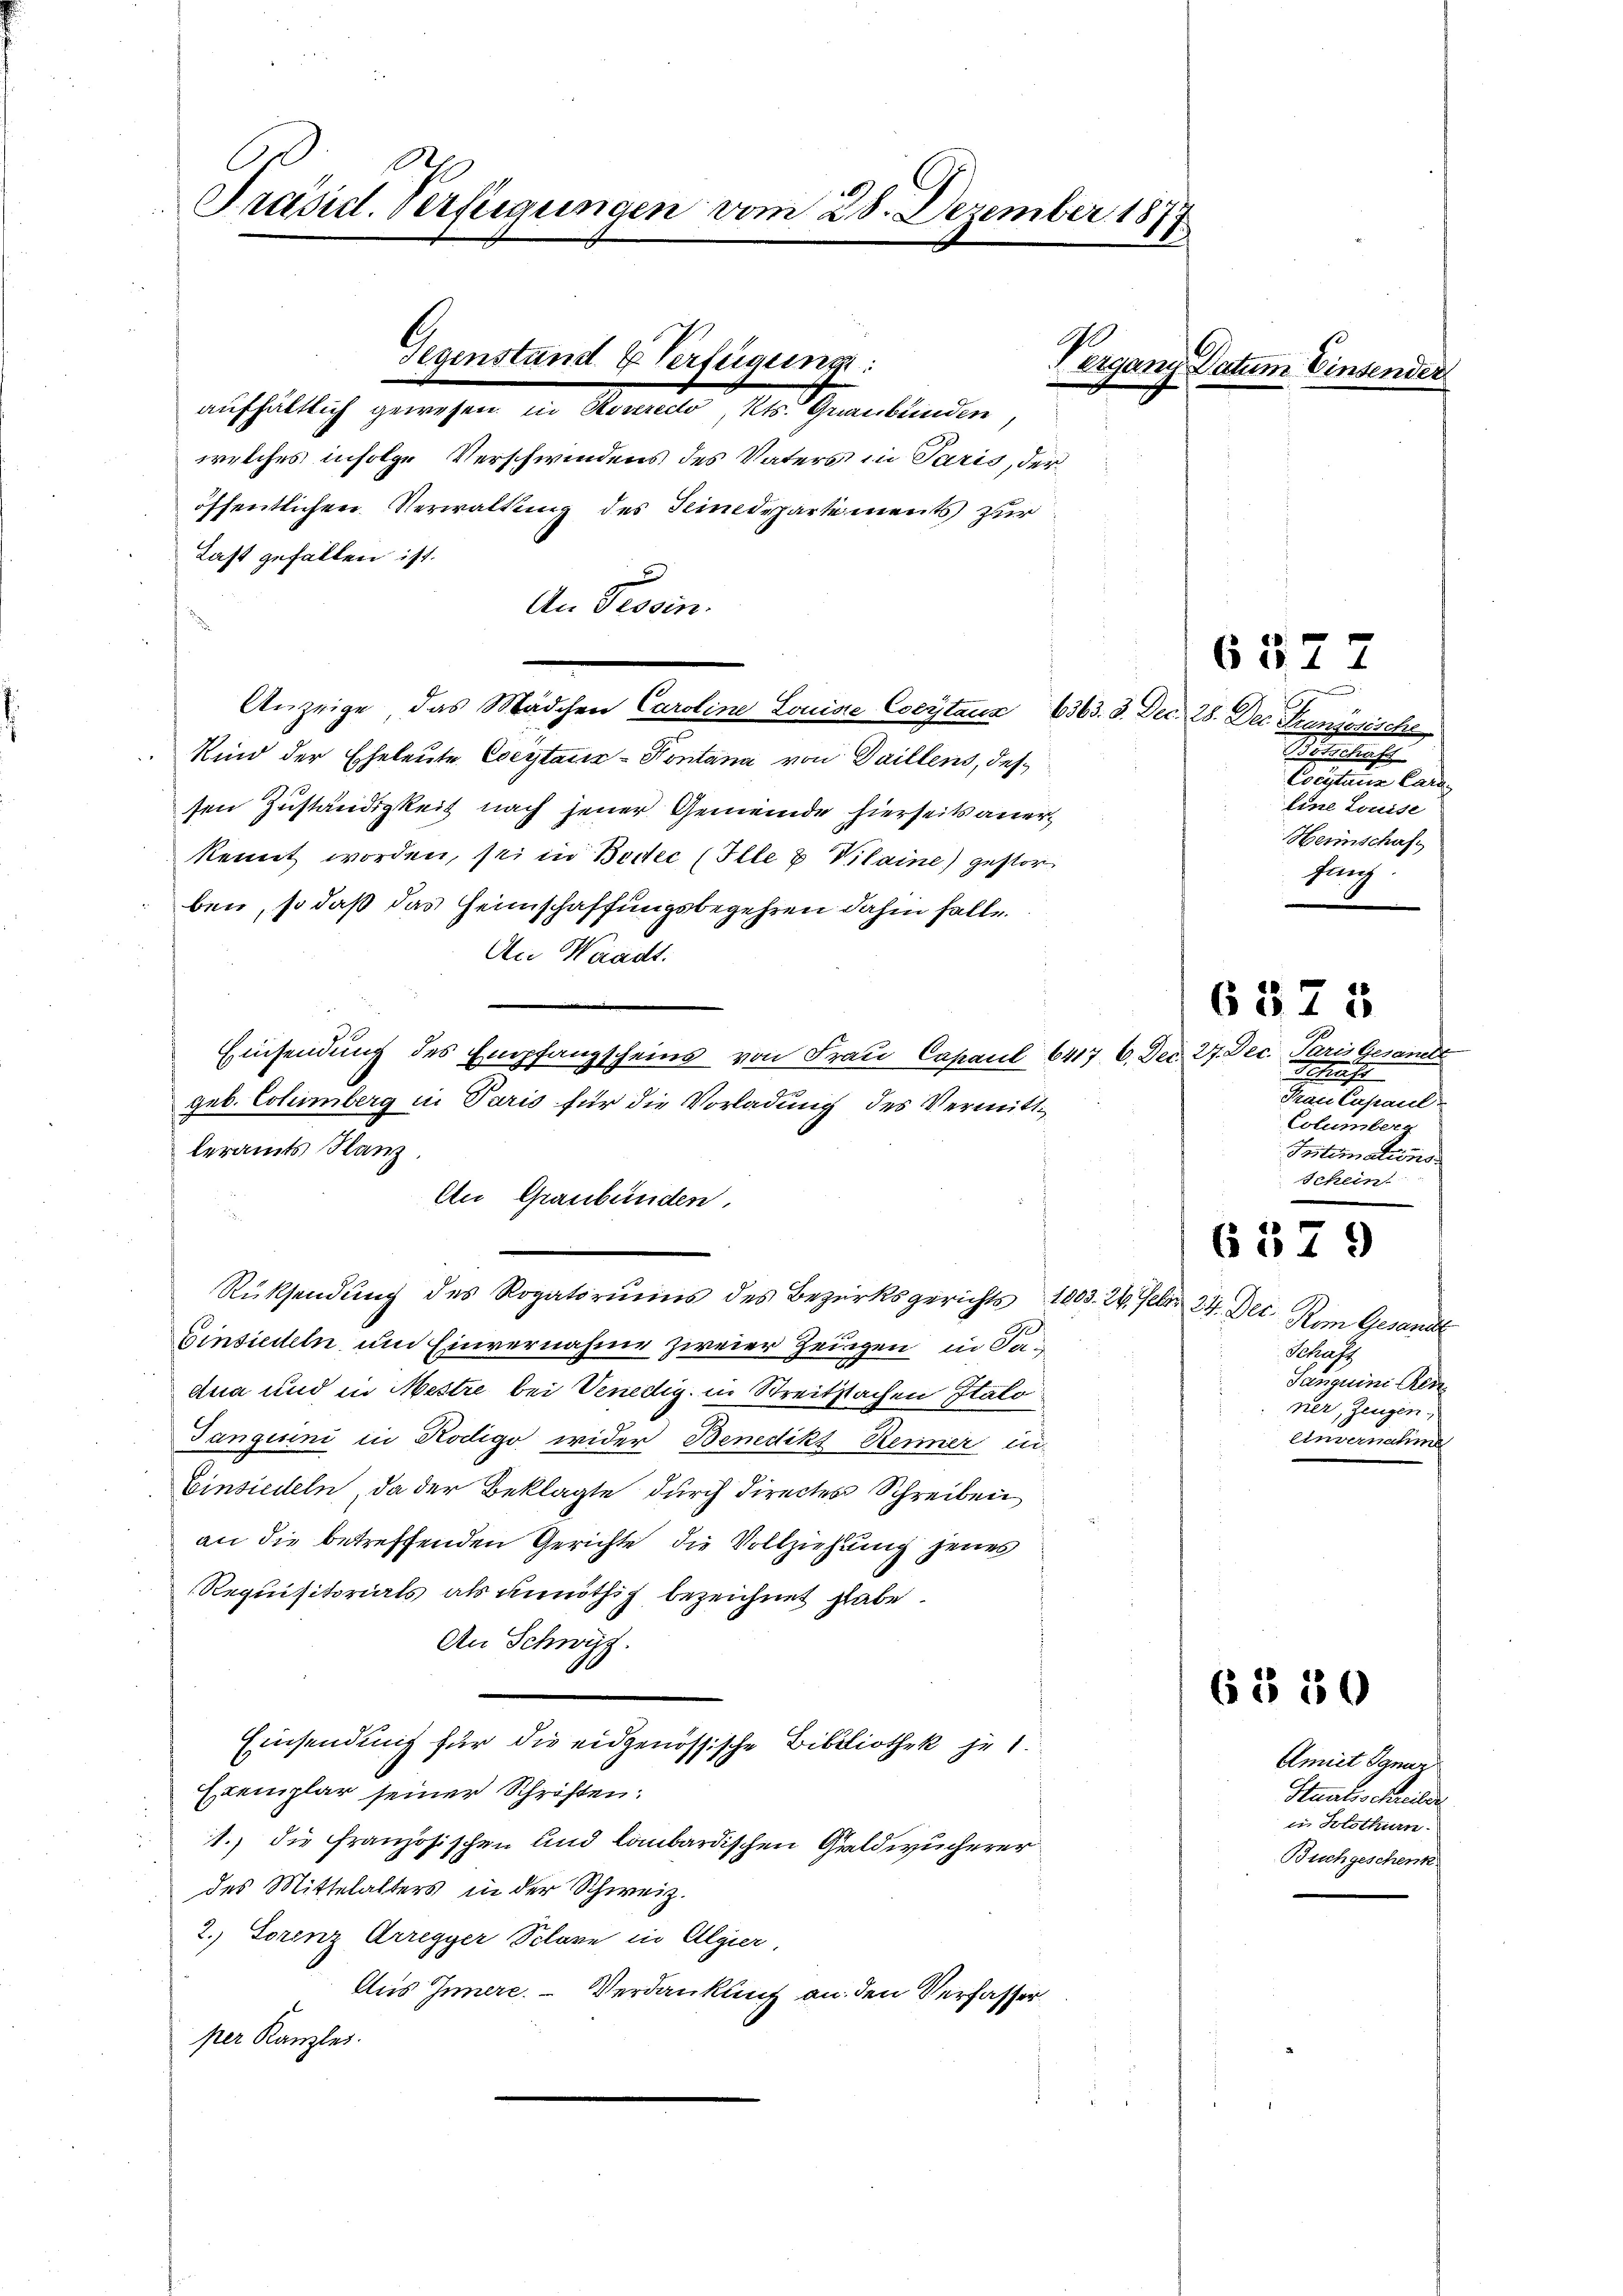
Präsid. Verfügungen vom 28. Dezember 187.
22

aufhältlich gewesen in Hoseredo, Kts. Graubünden,
welches infolge Verschwindens des Vaters in Paris, der
öffentlichen Verwaltung des Seinedepartements zur
Last gefallen ist.
An Tessin.
Kind der Eheleute Coeystanz-Kontana von Daillens, dessen Zuständigkeit nach jener Gemeinde hierseits anerkennt worden, sei in Berec (Ille u Vilaine gestorben, so daß das Heimschaffungsbegehren dahin falle
An Waadt.
Einsendung des Empfangscheins von Frau Capaul 6417. 6. Dec. 27. Dec. Paris Gesandt
geb. Columberg in Paris für die Vorladung des Vermittleramts Hanz.
An Graubünden.
¬
Rücksendung des Rogatoriums des Bezirksgerichts 1803. 24. Feber 24. Dec. vom Gesandt
Einsiedeln, um Einvernahme zweier Zeugen in Sae
dua und in Mestre bei Venedig, in Streitsachen Italo
Tanguini in Kodigo wider Benedikt Reiner in
Einsiedeln, da der Beklagte durch directen Schreiben
an die betreffenden Gerichte die Vollziehung jenes
Requisitorials als unnöthig bezeichnet habe.
An Schwyz.
Einsendung für die eidgenössische Bibliothek je 1.
Exemplar seiner Schriften:
1.) die Französischen und lombardischen Geldwucherer
des Mittelalters in der Schweiz.
2. Lorenz Arregger Schäre in Algier,
Aus Innere. – Verdankung an den Verfasser
per Kanzlei.

Gegenstand & Verfügung:

Anzeige, das Mädchen Caroline Louisse Coeytauz 6363. 3. Dec. 28. Dec. Französische

Vergang Datum Einsender

6577
Betschaf
Coesteuer Cara
Eine Louise
Heinschaft
fauch

6375

e
Schaft
Frau Capaul
Columber
Intimations
Schein

.
6519

Schaff
Sanguine Res
ner, Zeugen
einvernahme

6530

Amiet Ignar
Stualischeide
in Solothurn.
Buchgeschenk